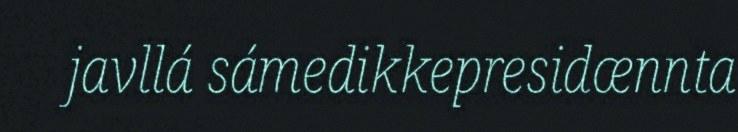
javllá sámedikkepresidænnta